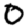
Digit: 0